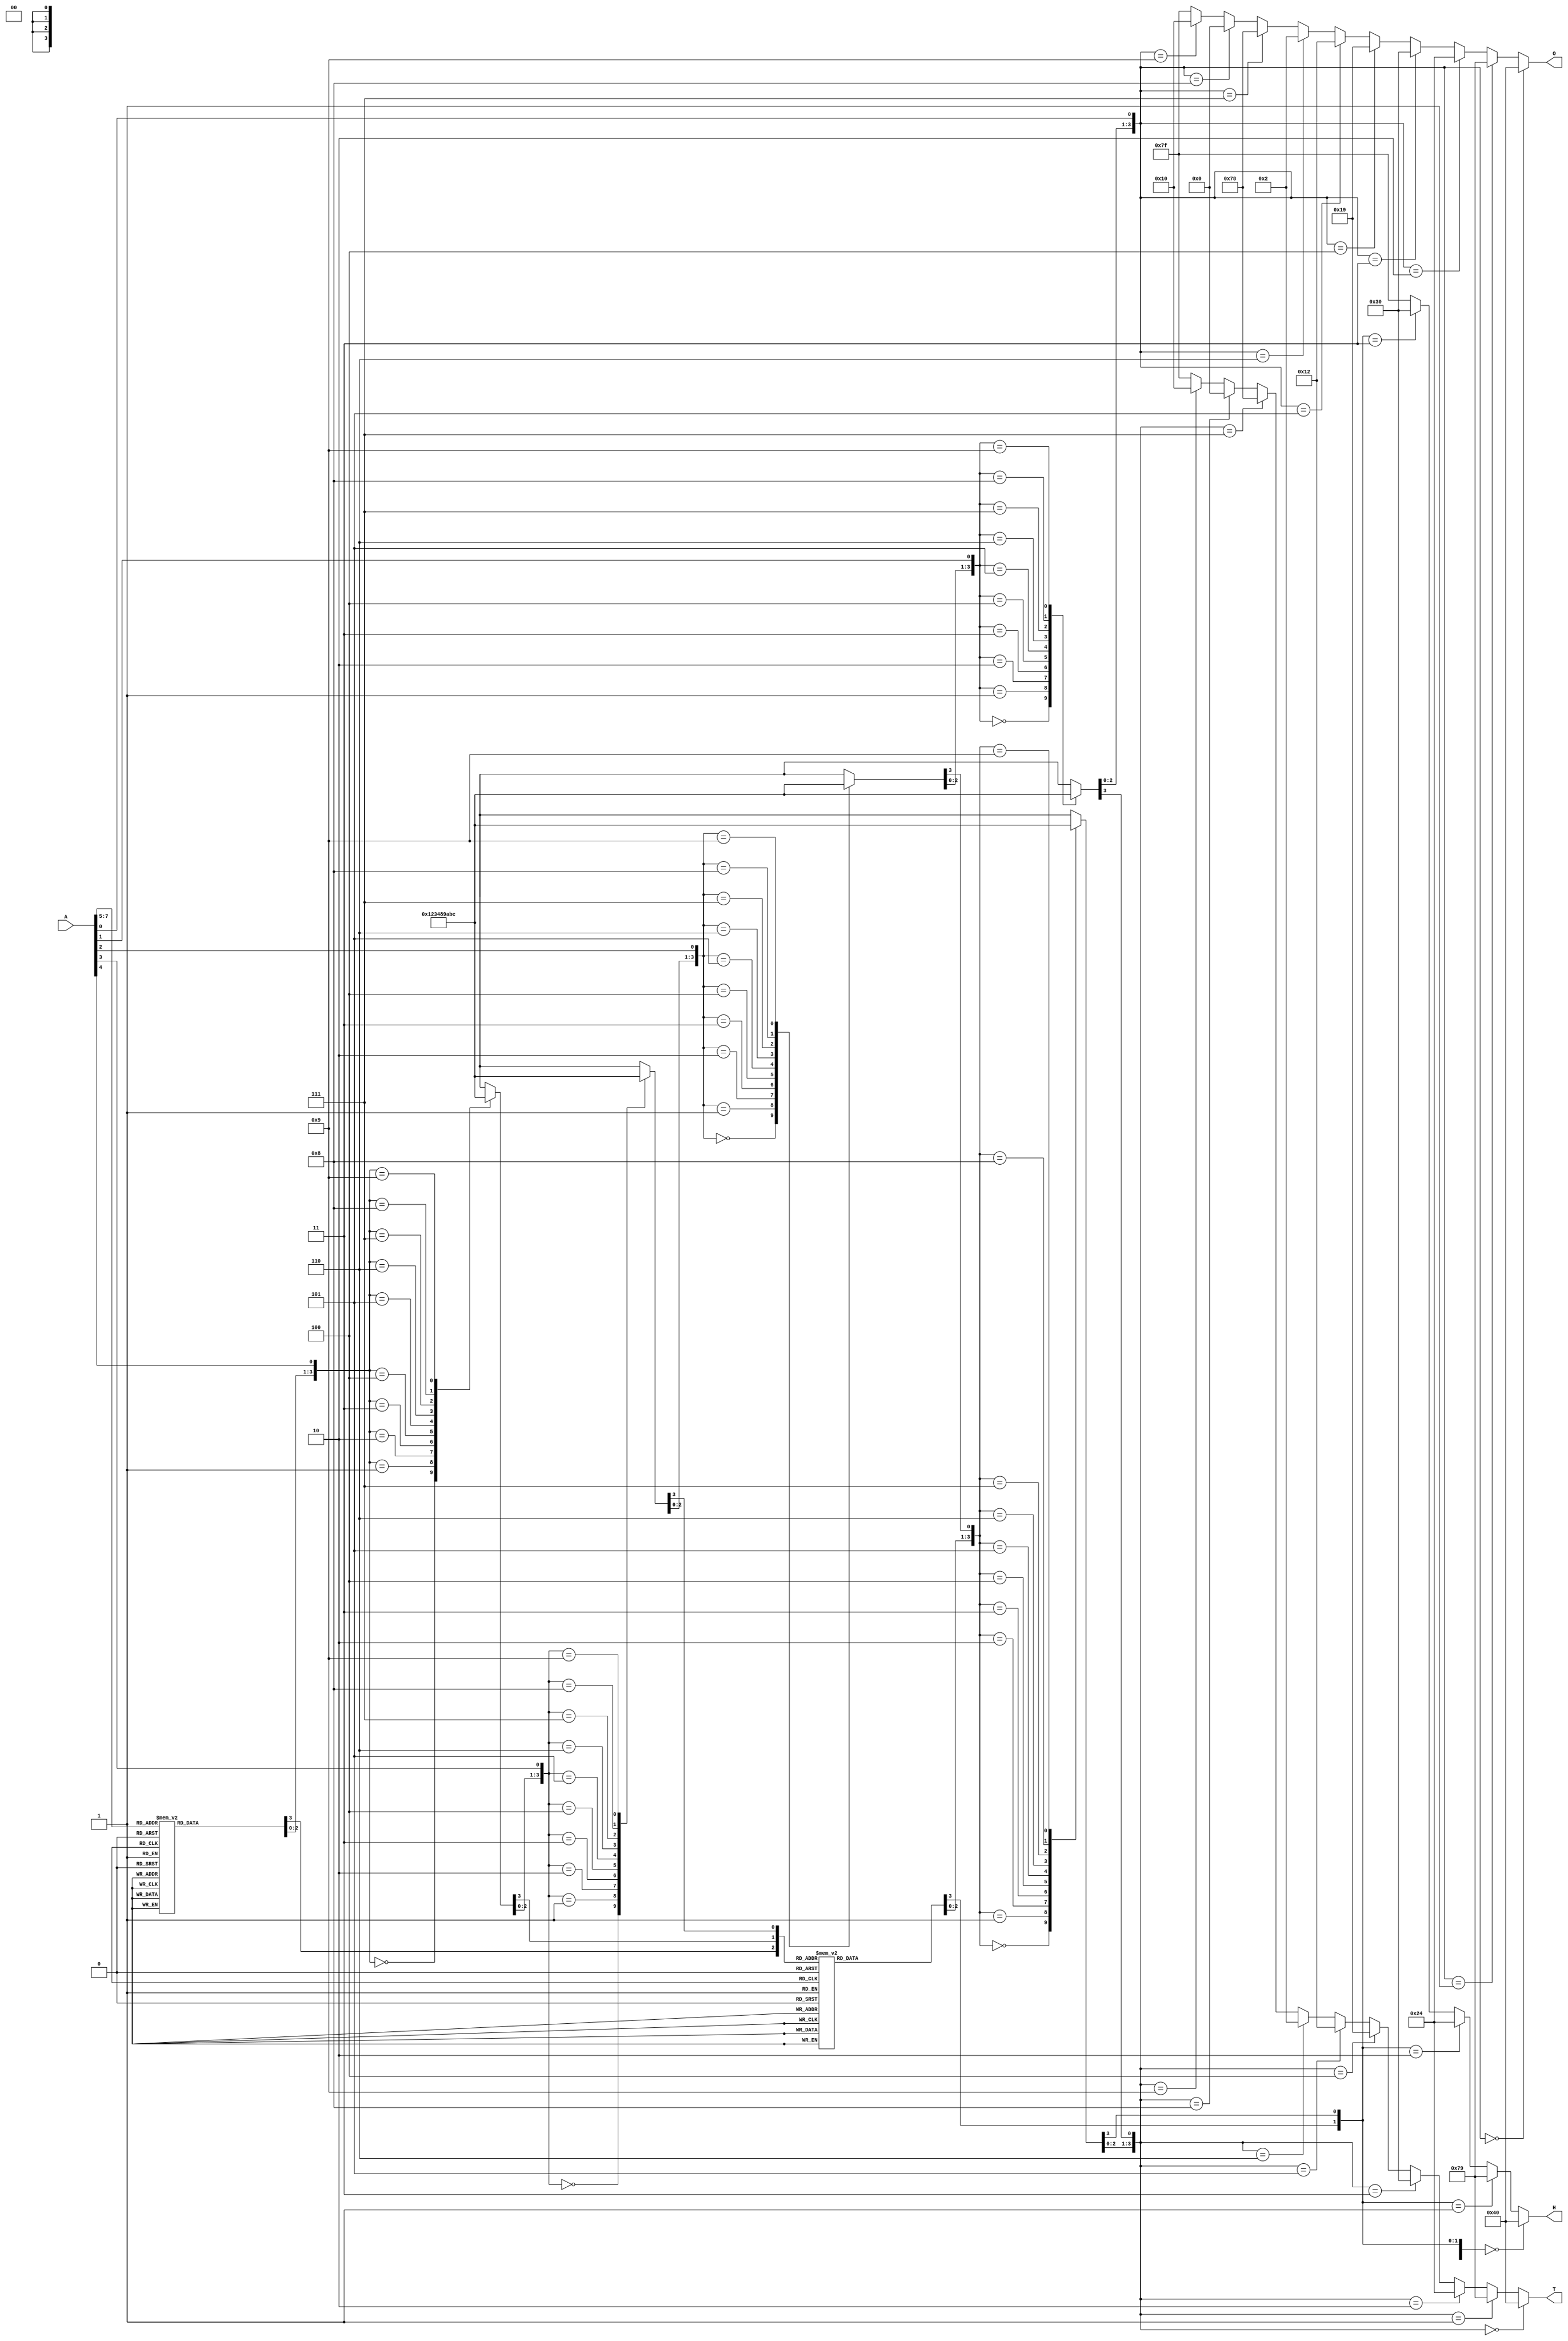
module SevenSegment(A,O,T,H);
input [7:0]A;

reg [3:0]o;
reg [3:0]t;
reg [3:0]h;

output [6:0]O;
output [6:0]T;
output [6:0]H;

reg [3:0]R1,R2,R3,R4,R5,R6,R7;


function [3:0]out(input [3:0]in);
begin
case(in) 
// smaller than 5 as it is
4'b0000: out=4'b0000;//0
4'b0001: out=4'b0001;//1
4'b0010: out=4'b0010;//2
4'b0011: out=4'b0011;//3
4'b0100: out=4'b0100;//4

// add 3 to greater than or equal 5
4'b0101: out=4'b1000;//5 --> 8
4'b0110: out=4'b1001;//6 --> 9
4'b0111: out=4'b1010;//7 --> 10
4'b1000: out=4'b1011;//8 --> 11
4'b1001: out=4'b1100;//9 --> 12
endcase

end
endfunction

function [6:0]Hex(input [3:0] temp);
begin
if(temp==4'b0000)
Hex=7'b1000000;
else if(temp==4'b0001)
Hex=7'b1111001;
else if(temp==4'b0010)
Hex=7'b0100100;
else if(temp==4'b0011)
Hex=7'b0110000;
else if(temp==4'b0100)
Hex=7'b0011001;
else if(temp==4'b0101)
Hex=7'b0010010;
else if(temp==4'b0110)
Hex=7'b0000010;
else if(temp==4'b0111)
Hex=7'b1111000;
else if(temp==4'b1000)
Hex=7'b0000000;
else if(temp==4'b1001)
Hex=7'b0010000;
else
Hex=7'b1111111;
end 
endfunction
// Assigning the 
assign R1=out({1'b0,A[7:5]});
assign R2=out({R1[2:0],A[4]});
assign R3=out({R2[2:0],A[3]});
assign R4=out({R3[2:0],A[2]});
assign R5=out({R4[2:0],A[1]});
assign R6=out({1'b0,R1[3],R2[3],R3[3]});
assign R7=out({R6[2:0],R4[3]});

assign o={R5[2:0],A[0]};
assign t={R7[2:0],R5[3]};
assign h={1'b0,1'b0,R6[3],R7[3]};

assign O=Hex(o);
assign T=Hex(t);
assign H=Hex(h);

endmodule